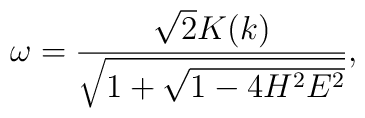
\omega=\frac{\sqrt{2}K(k)}{\sqrt{1+\sqrt{1-4H^2E^2}}},